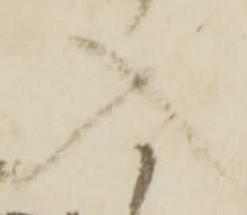
入